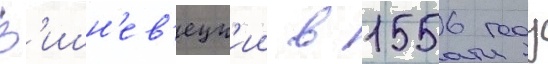
В'ишн'ев'ецк'ии в 1556 году